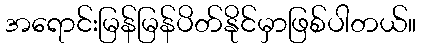
အရောင်းမြန်မြန်ပိတ်နိုင်မှာဖြစ်ပါတယ်။